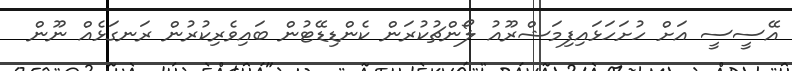
އޭސީސީ އަށް ހުށަހަޅައިފިމަޝްރޫއު ލޯންޗުކުރަން ކެންޑިޑޭޓުން ބައިވެރިކުރުން ރަނގަޅެއް ނޫން